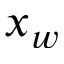
x _ { w }